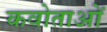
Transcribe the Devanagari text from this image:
कवोताओं